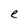
Character: e